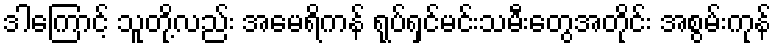
ဒါကြောင့် သူတို့လည်း အမေရိကန် ရုပ်ရှင်မင်းသမီးတွေအတိုင်း အစွမ်းကုန်